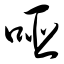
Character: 哑